Report on lock hospitals in British Burma
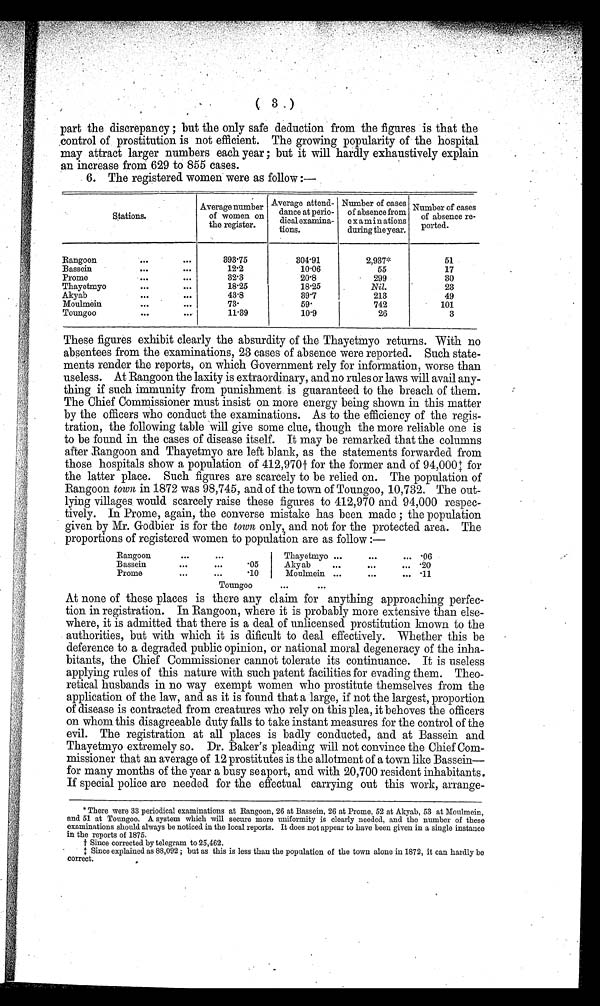
(3
)
part the discrepancy ; but the only safe deduction from the figures is that the
control of prostitution is not efficient. The growing popularity of the hospital
may attract larger numbers each year ; but it will hardly exhaustively explain
an increase from 629 to 855 cases.
6. The registered women were as follow :—
Stations .
Average number
of women on
the register
Average attend-
•
dance at perio-
dical examina-
tions.
Number of cases
of absencefrom
examinations
during the year.
Number of cases
of absence re-
ported.
Rangoon
. . .
...
393.75
304.91
2,937*
51
Bassein
. . .
...
12.2
10.06
55
17
Prome
...
...
32.3
20.8
299
30
Thayetmyo
. . .
...
18.25
18.25
Nil.
23
Akyab
. . .
...
43.8
39.7
213
49
Moulmein
. . .
...
73.
5 9 .
742
101
Toungoo
...
...
11.39
10.9
26
3
These figures exhibit clearly the absurdity of the Thayetmyo returns. With no
absentees from the examinations, 23 cases of absence were reported. Such state-
ments render the reports, on which Government rely for information, worse than
useless. At Rangoon the laxity is extraordinary, and no rules or laws will avail any-
thing if such immunity from punishment is guaranteed to the breach of them.
The Chief Commissioner must insist on more energy being shown in this matter
by the officers who conduct the examinations. As to the efficiency of the regis-
tration, the following table will give some clue, though the more reliable one is
to be found in the cases of disease itself. It may be remarked that the columns
after Rangoon and Thayetmyo are left blank, as the statements forwarded from
those hospitals show a population of 412,970† for the former and of 94,000‡ for
the latter place. Such figures are scarcely to be relied on. The population of
Rangoon town in 1872 was 98,745, and of the town of Toungoo, 10,732. The out-
lying villages would scarcely raise these figures to 412,970 and 94,000 respec-
tively. In Prome, again, the converse mistake has been made ; the population
given by Mr. Goclbier is for the town only, and not for the protected area. The
proportions of registered women to population are as follow :—
Rangoon
...
...
Thayetmyo ...
. . .
... .06
Bassein
...
...
.05
Akyab
...
...
... .20
Prome
. . .
. . .
.10
Moulmein ...
...
... .11
Toungoo
...
...
At none of these places is there any claim for anything approaching perfec-
tion in registration. In Rangoon, where it is probably more extensive than else-
where, it is admitted that there is a deal of unlicensed prostitution known to the
authorities, but with which it is dificult to deal effectively. Whether this be
deference to a degraded public opinion, or national moral degeneracy of the inha-
bitants, the Chief Commissioner cannot tolerate its continuance. It is useless
applying rules of this nature with such patent facilities for evading them. Theo-
retical husbands in no way exempt women who prostitute themselves from the
application of the law, and as it is found that a large, if not the largest, proportion
of disease is contracted from creatures who rely on this plea, it behoves the officers
on whom this disagreeable duty falls to take instant measures for the control of the
evil. The registration at all places is badly conducted, and at Bassein and
Thayetmyo extremely so. Dr. Baker's pleading will not convince the Chief Com-
missioner that an average of 12 prostitutes is the allotment of a town like Bassein—
for many months of the year a busy seaport, and with 20,700 resident inhabitants.
If special police are needed for the effectual carrying out this work, arrange-
* There were 33 periodical examinations at Rangoon, 26 at Bassein, 26 at Prome, 52 at Akyab, 53 at Moulmein,
and 51 at Toungoo. A system which will secure more uniformity is clearly needed, and the number of these
examinations should always be noticed in the local reports. It does not appear to have been given in a single instance
in the reports of 1875.
† Since corrected by telegram to 25,462.
‡ Since explained as 88,092 ; but as this is less than the population of the town alone in 1872, it can hardly be
correct.